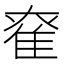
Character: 𨾮